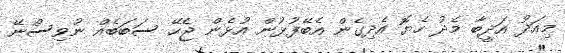
މިއަދު އަދީބާ މެދު ހެޔޮ އެދިގެން އެބޭފުޅުން އުޅެން ޖެހޭ ސަބަބެއް ނުވިސްނޭ